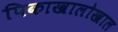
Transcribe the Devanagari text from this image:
पिकाखालोखाल